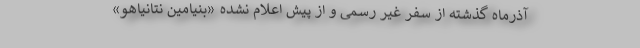
آذرماه گذشته از سفر غیر رسمی و از پیش اعلام نشده «بنیامین نتانیاهو»